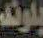
بلوند